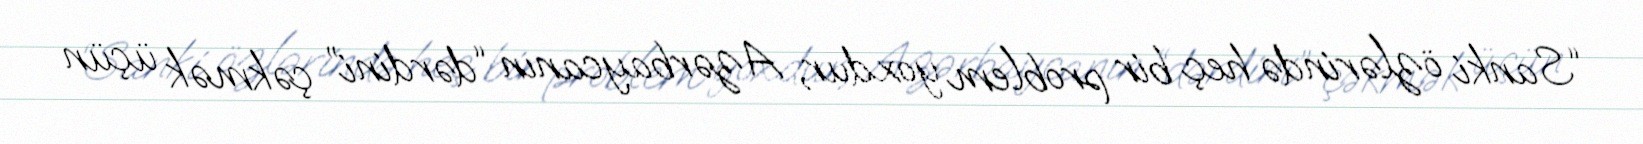
“Sanki özlərində heç bir problem yoxdur, Azərbaycanın “dərdini” çəkmək üçün